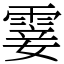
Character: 霎